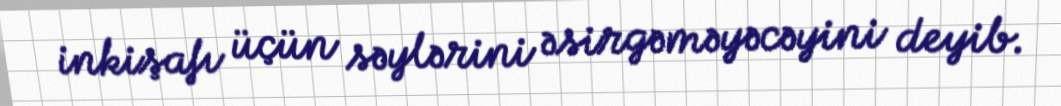
inkişafı üçün səylərini əsirgəməyəcəyini deyib.